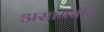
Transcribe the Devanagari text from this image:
असायचीच